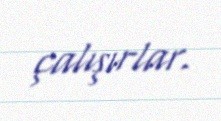
çalışırlar.